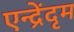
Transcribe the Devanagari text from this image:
एन्द्रेंदृम